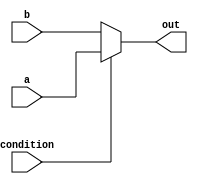
module conditional_assignment (
    input wire [3:0] a,          // Input signal
    input wire [3:0] b,          // Another input signal
    input wire condition,         // Condition for the ternary operator
    output reg [3:0] out         // Output signal
);

// Behavioral description using ternary operator
always @(*) begin
    out = (condition) ? a : b;   // If condition is true, assign 'a' to 'out', else assign 'b'
end

endmodule